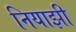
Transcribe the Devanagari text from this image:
नियाझी